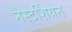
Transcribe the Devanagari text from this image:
नैस्टर्शियन